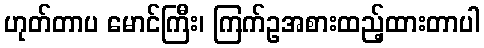
ဟုတ်တာပ မောင်ကြီး၊ ကြက်ဥအစားထည့်ထားတာပါ